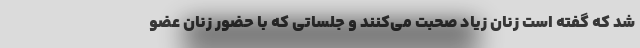
شد که گفته است زنان زیاد صحبت می‌کنند و جلساتی که با حضور زنان عضو